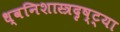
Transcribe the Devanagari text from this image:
ध्वनिशास्त्रदृष्ट्या